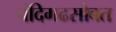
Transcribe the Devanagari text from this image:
चंदिगढसोबत